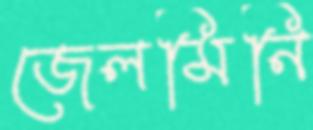
জেলমিনি